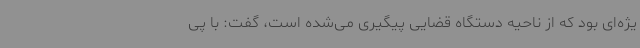
یژه‌ای بود که از ناحیه دستگاه قضایی پیگیری می‌شده است، گفت: با پی